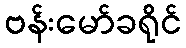
ဗန်းမော်ခရိုင်